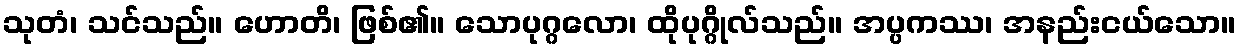
သုတံ၊ သင်သည်။ ဟောတိ၊ ဖြစ်၏။ သောပုဂ္ဂလော၊ ထိုပုဂ္ဂိုလ်သည်။ အပ္ပကဿ၊ အနည်းငယ်သော။